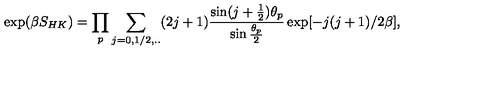
\exp ( \beta S _ { H K } ) = \prod _ { p } \sum _ { j = 0 , 1 / 2 , . . } ( 2 j + 1 ) \frac { \sin ( j + \frac { 1 } { 2 } ) \theta _ { p } } { \sin \frac { \theta _ { p } } { 2 } } \exp [ - j ( j + 1 ) / 2 \beta ] ,